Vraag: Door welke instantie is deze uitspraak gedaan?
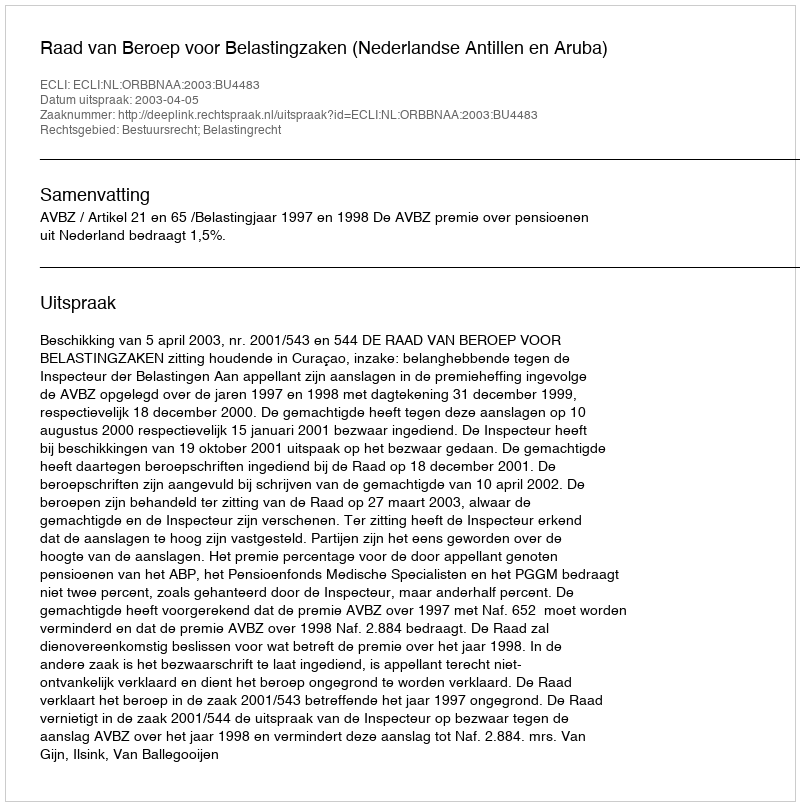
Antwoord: Raad van Beroep voor Belastingzaken (Nederlandse Antillen en Aruba)